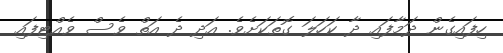
ހިފައިގެން ދަމާފައި ދާ ކަހަލަ ގޮތަކަށެވެ. އަދި ދެ އަތް ވެސް ވެއްޓިފައި